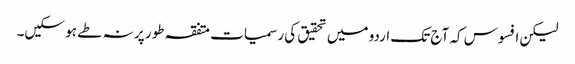
لیکن افسوس کہ آج تک اردو میں تحقیق کی رسمیات متفقہ طور پر نہ طے ہو سکیں۔